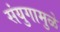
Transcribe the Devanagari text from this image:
संयुगामुळे